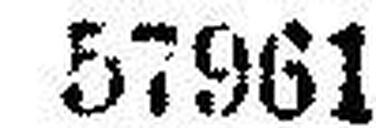
57961